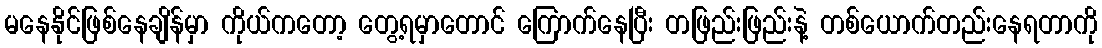
မနေနိုင်ဖြစ်နေချိန်မှာ ကိုယ်ကတော့ တွေ့ရမှာတောင် ကြောက်နေပြီး တဖြည်းဖြည်းနဲ့ တစ်ယောက်တည်းနေရတာကို